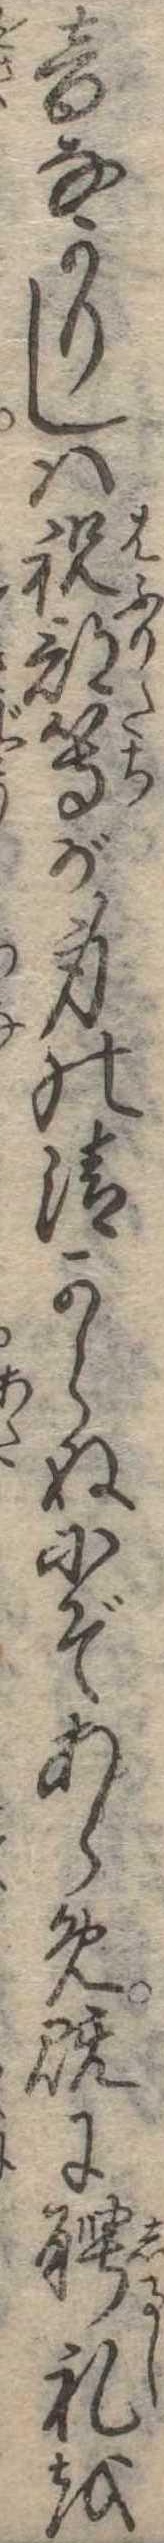
音なかりしは祝部等が身の清からぬにぞあらめ既に聘礼を